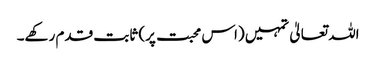
اللہ تعالیٰ تمہیں (اس محبت پر) ثابت قدم رکھے۔